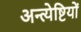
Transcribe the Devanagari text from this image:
अन्त्येष्टियों